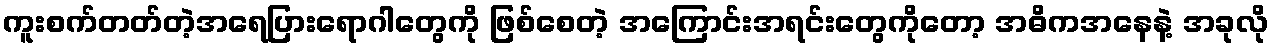
ကူးစက်တတ်တဲ့အရေပြားရောဂါတွေကို ဖြစ်စေတဲ့ အကြောင်းအရင်းတွေကိုတော့ အဓိကအနေနဲ့ အခုလို